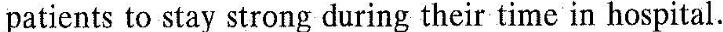
patients to stay strong during their time in hospital.